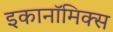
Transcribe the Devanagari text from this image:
इकानॉमिक्स